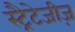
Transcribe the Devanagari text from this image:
स्ट्रैटेजीज़